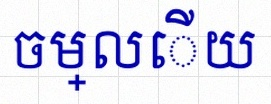
ចម្លើយ